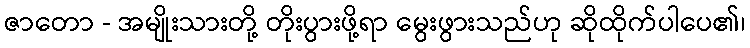
ဇာတော - အမျိုးသားတို့ တိုးပွားဖို့ရာ မွေးဖွားသည်ဟု ဆိုထိုက်ပါပေ၏၊